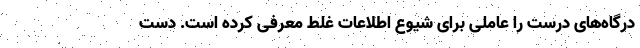
درگاه‌های درست را عاملی برای شیوع اطلاعات غلط معرفی کرده است. دست